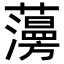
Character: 𧂧